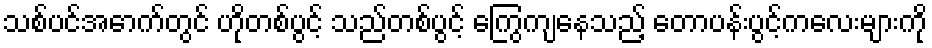
သစ်ပင်အောက်တွင် ဟိုတစ်ပွင့် သည်တစ်ပွင့် ကြွေကျနေသည့် တောပန်းပွင့်ကလေးများကို